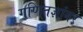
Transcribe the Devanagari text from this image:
गणितज्ञांवर